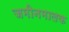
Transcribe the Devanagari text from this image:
जमीनमालक